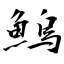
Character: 鰞